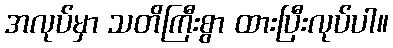
အလုပ်မှာ သတိကြီးစွာ ထားပြီးလုပ်ပါ။